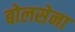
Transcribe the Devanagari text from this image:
बोलसेना